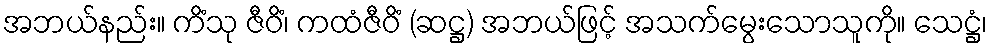
အဘယ်နည်း။ ကိံသု ဇီဝိံ၊ ကထံဇီဝိံ (ဆဋ္ဌ) အဘယ်ဖြင့် အသက်မွေးသောသူကို။ သေဋ္ဌံ၊